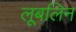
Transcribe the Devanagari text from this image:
लूबलिन